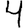
Digit: 4